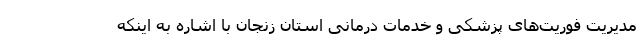
مدیریت فوریت‌های پزشکی و خدمات درمانی استان زنجان با اشاره به اینکه